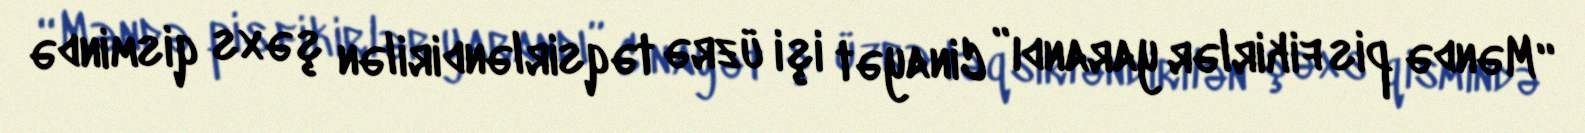
“Məndə pis fikirlər yarandı” Cinayət işi üzrə təqsirləndirilən şəxs qismində